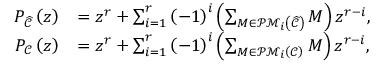
\begin{array} { r l } { P _ { \widehat { \mathcal { C } } } \left( z \right) } & { = z ^ { r } + \sum _ { i = 1 } ^ { r } \left( - 1 \right) ^ { i } \left( \sum _ { M \in \mathcal { P M } _ { i } \left( \widehat { \mathcal { C } } \right) } M \right) z ^ { r - i } , } \\ { P _ { \mathcal { C } } \left( z \right) } & { = z ^ { r } + \sum _ { i = 1 } ^ { r } \left( - 1 \right) ^ { i } \left( \sum _ { M \in \mathcal { P M } _ { i } \left( \mathcal { C } \right) } M \right) z ^ { r - i } , } \end{array}